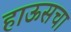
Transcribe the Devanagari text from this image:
हाऊसचा